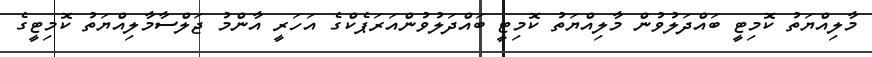
މާލިއްޔަތު ކޮމިޓީ ބައްދަލުވުން މާލިއްޔަތު ކޮމިޓީ ބައްދަލުވުންއަރަޕެކްގެ އަހަރީ އާންމު ޖަލްސާމާލިއްޔަތު ކޮމިޓީގެ